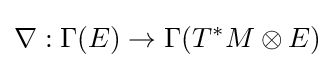
\nabla :\Gamma (E)\to \Gamma (T^{*}M\otimes E)